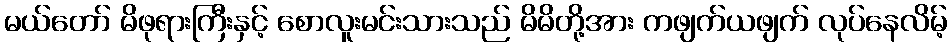
မယ်တော် မိဖုရားကြီးနှင့် စောလူးမင်းသားသည် မိမိတို့အား ကဖျက်ယဖျက် လုပ်နေလိမ့်